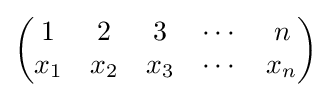
{\begin{pmatrix}1&2&3&\cdots &n\\x_{1}&x_{2}&x_{3}&\cdots &x_{n}\\\end{pmatrix}}